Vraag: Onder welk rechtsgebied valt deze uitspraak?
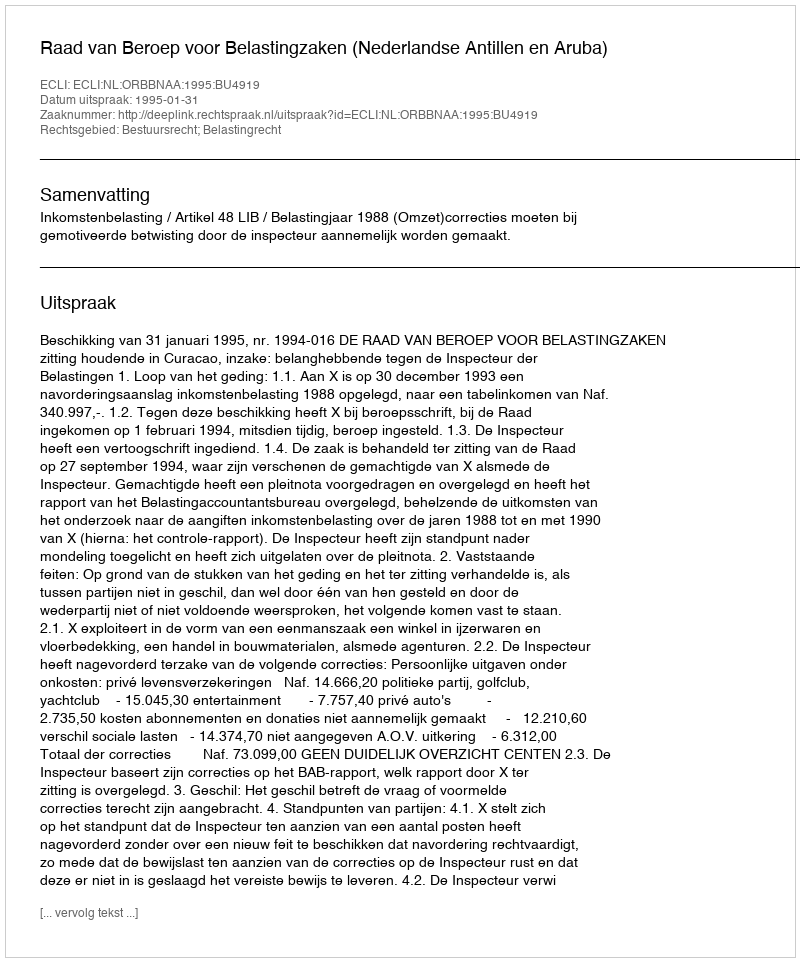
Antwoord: Bestuursrecht; Belastingrecht